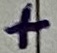
Text: +